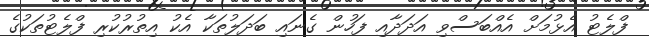
ފްލެޓު އެޅުމަށް އެއްބަސްވި އަދަދާއި ފަހުން ގެނައި ބަދަލުތަކާ އެކު އިތުރުކުރި ފްލެޓުތަކުގެ